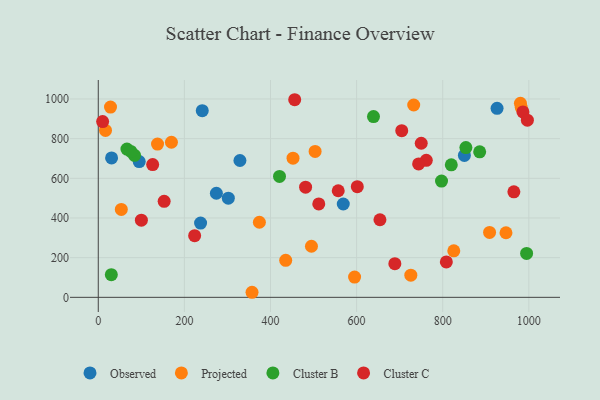
{"axis": {"x": "Experience", "y": "Demand"}, "legend": ["Cluster B", "Cluster C", "Observed", "Projected"], "data": [{"x": "302.0", "y": 499.9, "type": "Observed"}, {"x": "95.1", "y": 684.5, "type": "Observed"}, {"x": "850.3", "y": 715.3, "type": "Observed"}, {"x": "241.5", "y": 941.0, "type": "Observed"}, {"x": "30.9", "y": 702.9, "type": "Observed"}, {"x": "329.0", "y": 689.7, "type": "Observed"}, {"x": "926.2", "y": 953.0, "type": "Observed"}, {"x": "237.6", "y": 374.5, "type": "Observed"}, {"x": "569.0", "y": 470.6, "type": "Observed"}, {"x": "274.3", "y": 524.7, "type": "Observed"}, {"x": "725.9", "y": 111.7, "type": "Projected"}, {"x": "452.3", "y": 701.6, "type": "Projected"}, {"x": "374.2", "y": 378.6, "type": "Projected"}, {"x": "495.1", "y": 257.6, "type": "Projected"}, {"x": "825.7", "y": 234.6, "type": "Projected"}, {"x": "137.6", "y": 772.4, "type": "Projected"}, {"x": "28.4", "y": 959.3, "type": "Projected"}, {"x": "503.6", "y": 735.5, "type": "Projected"}, {"x": "357.1", "y": 25.5, "type": "Projected"}, {"x": "435.3", "y": 186.8, "type": "Projected"}, {"x": "53.5", "y": 443.0, "type": "Projected"}, {"x": "980.5", "y": 978.5, "type": "Projected"}, {"x": "946.9", "y": 325.6, "type": "Projected"}, {"x": "595.3", "y": 102.1, "type": "Projected"}, {"x": "16.8", "y": 841.4, "type": "Projected"}, {"x": "169.9", "y": 781.8, "type": "Projected"}, {"x": "908.8", "y": 327.0, "type": "Projected"}, {"x": "982.4", "y": 957.9, "type": "Projected"}, {"x": "732.6", "y": 969.7, "type": "Projected"}, {"x": "885.8", "y": 733.5, "type": "Cluster B"}, {"x": "797.2", "y": 585.9, "type": "Cluster B"}, {"x": "994.8", "y": 221.3, "type": "Cluster B"}, {"x": "853.8", "y": 755.2, "type": "Cluster B"}, {"x": "84.2", "y": 715.8, "type": "Cluster B"}, {"x": "66.6", "y": 747.2, "type": "Cluster B"}, {"x": "639.2", "y": 911.1, "type": "Cluster B"}, {"x": "420.9", "y": 609.3, "type": "Cluster B"}, {"x": "75.6", "y": 735.5, "type": "Cluster B"}, {"x": "30.3", "y": 114.4, "type": "Cluster B"}, {"x": "819.9", "y": 668.0, "type": "Cluster B"}, {"x": "126.3", "y": 669.1, "type": "Cluster C"}, {"x": "557.3", "y": 537.2, "type": "Cluster C"}, {"x": "512.1", "y": 471.1, "type": "Cluster C"}, {"x": "100.1", "y": 388.8, "type": "Cluster C"}, {"x": "601.6", "y": 557.8, "type": "Cluster C"}, {"x": "654.2", "y": 391.1, "type": "Cluster C"}, {"x": "808.4", "y": 178.6, "type": "Cluster C"}, {"x": "750.1", "y": 776.8, "type": "Cluster C"}, {"x": "688.8", "y": 169.6, "type": "Cluster C"}, {"x": "10.1", "y": 886.2, "type": "Cluster C"}, {"x": "761.8", "y": 690.8, "type": "Cluster C"}, {"x": "986.3", "y": 934.7, "type": "Cluster C"}, {"x": "481.5", "y": 555.5, "type": "Cluster C"}, {"x": "153.0", "y": 484.1, "type": "Cluster C"}, {"x": "996.6", "y": 892.9, "type": "Cluster C"}, {"x": "744.0", "y": 672.3, "type": "Cluster C"}, {"x": "223.8", "y": 311.0, "type": "Cluster C"}, {"x": "965.2", "y": 532.0, "type": "Cluster C"}, {"x": "704.8", "y": 840.4, "type": "Cluster C"}, {"x": "456.2", "y": 996.2, "type": "Cluster C"}]}